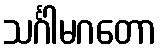
သင်္ဂါမဂတော